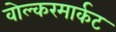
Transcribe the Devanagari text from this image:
वोल्करमार्कट